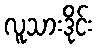
လူသားဒိုင်း